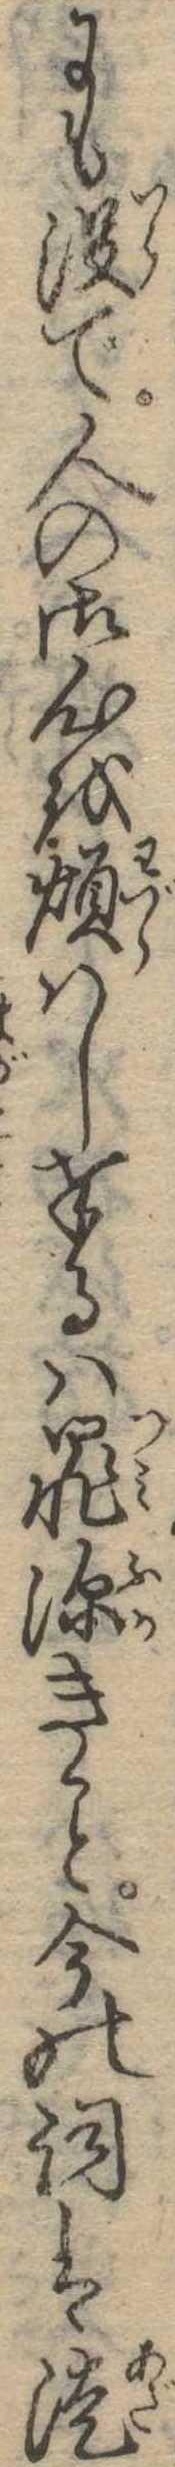
にも没で人の御心を煩はし奉るは罪深き今の詞は徒